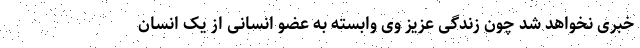
خبری نخواهد شد چون زندگی عزیز وی وابسته به عضو انسانی از یک انسان